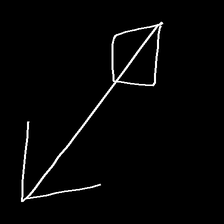
Glyph: focus